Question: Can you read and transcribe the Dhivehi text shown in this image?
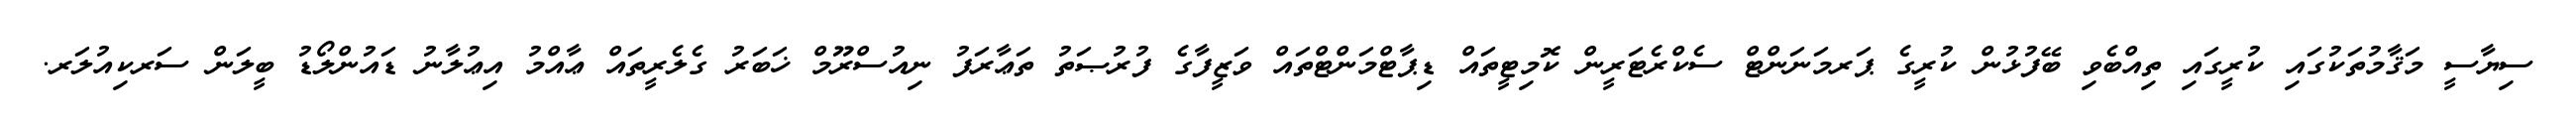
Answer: ސިޔާސީ މަޤާމުތަކުގައި ކުރީގައި ތިއްބެވި ބޭފުޅުން ކުރީގެ ޕަރމަނަންޓް ސެކްރެޓަރީން ކޮމިޓީތައް ޑިޕާޓްމަންޓްތައް ވަޒީފާގެ ފުރުޞަތު ތަޢާރަފު ނިއުސްރޫމް ޚަބަރު ގެލެރީތައް ޢާއްމު އިޢުލާނު ޑައުންލޯޑު ބީލަން ސަރކިއުލަރ.